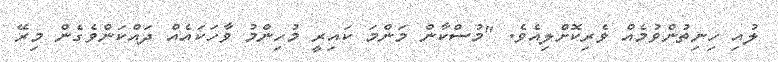
ލުއި ހިނިތުންވުމެއް ވެރިކޮށްލިއެވެ. "މުސްކާން މަންމަ ކައިރީ މުހިންމު ވާހަކައެއް ދައްކަންވެގެން މިރޭ